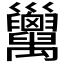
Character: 𢀏